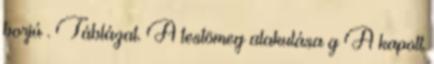
borjú . Táblázat. A testömeg alakulása g A kapott